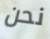
نحن